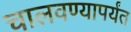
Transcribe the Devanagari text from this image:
चालवण्यापर्यंत